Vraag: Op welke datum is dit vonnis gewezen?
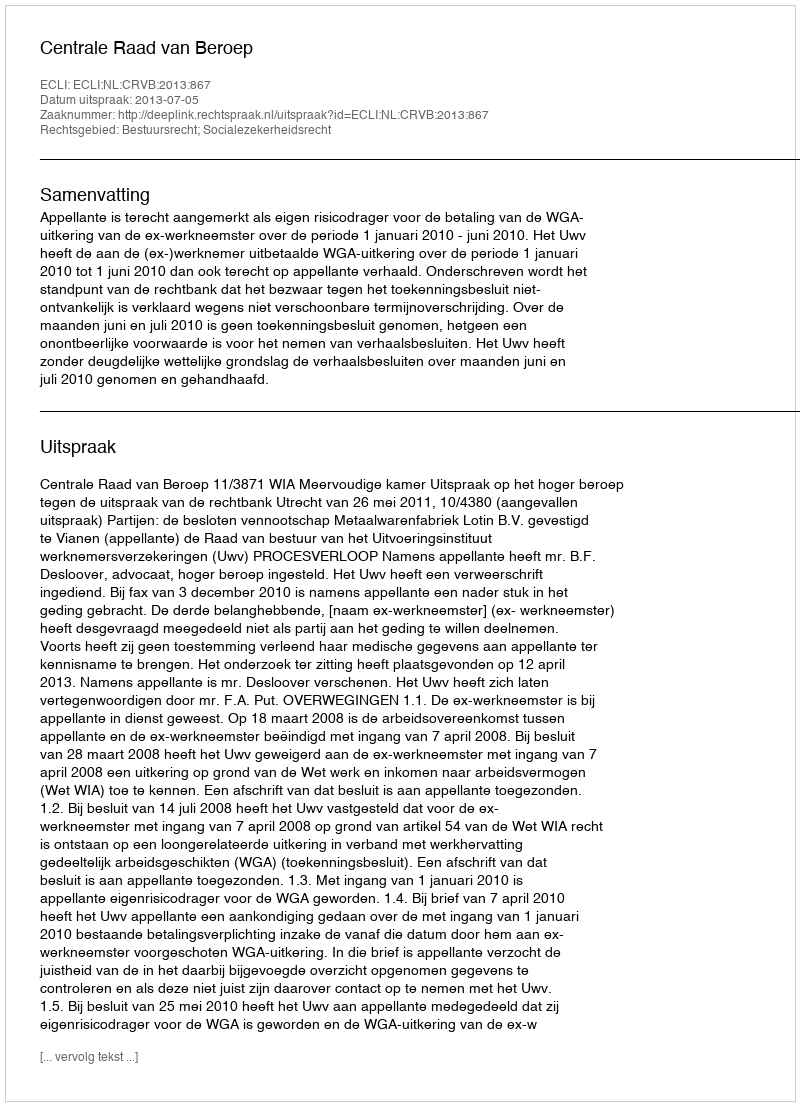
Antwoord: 2013-07-05